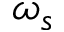
\omega _ { s }